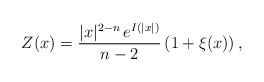
\begin{align*}Z(x)=\frac{|x|^{2-n}\,e^{I(|x|)}}{n-2}\left(1+\xi(x)\right),\end{align*}